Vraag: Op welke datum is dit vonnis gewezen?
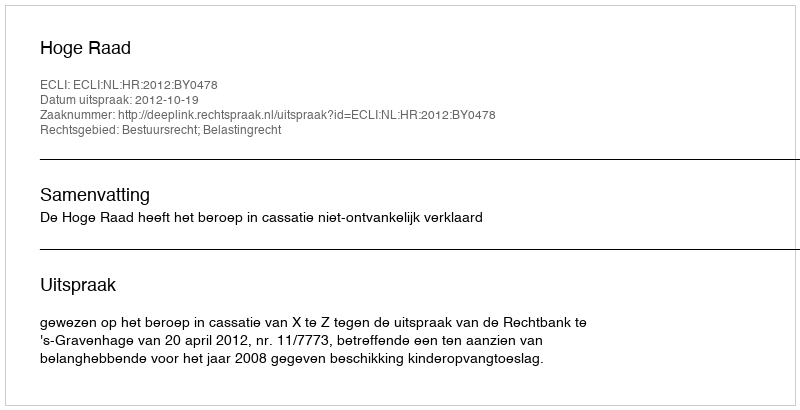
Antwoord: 2012-10-19